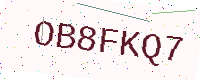
Text: OB8FKQ7